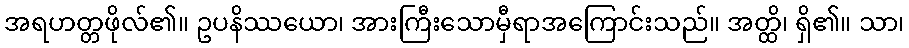
အရဟတ္တဖိုလ်၏။ ဥပနိဿယော၊ အားကြီးသောမှီရာအကြောင်းသည်။ အတ္ထိ၊ ရှိ၏။ သာ၊